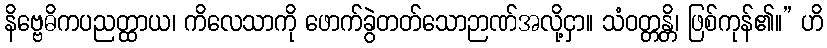
နိဗ္ဗေဓိကပညတ္ထာယ၊ ကိလေသာကို ဖောက်ခွဲတတ်သောဉာဏ်အလို့ငှာ။ သံဝတ္တန္တိ၊ ဖြစ်ကုန်၏။” ဟိ